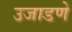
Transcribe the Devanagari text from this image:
उजाडणे